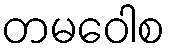
တမဝေါစ